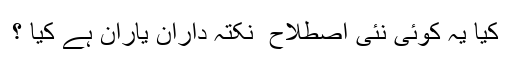
کیا یہ کوئی نئی اصطلاح ِ نکتہ داران یاران ہے کیا ؟